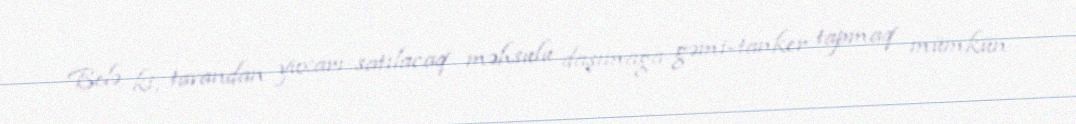
Belə ki, tavandan yuxarı satılacaq məhsulu daşımağa gəmi-tanker tapmaq mümkün